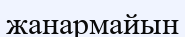
жанармайын